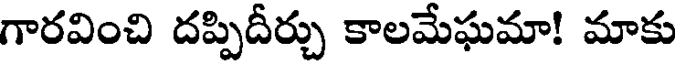
గారవించి దప్పిదీర్చు కాలమేఘమా! మాకు